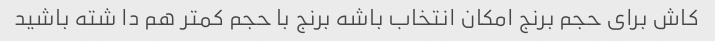
کاش برای حجم برنج امکان انتخاب باشه برنج‌ با حجم کمتر هم دا شته باشید